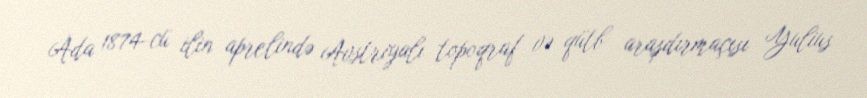
Ada 1874-cü ilin aprelində Avstriyalı topoqraf və qütb araşdırmaçısı Yulius